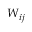
W _ { i j }